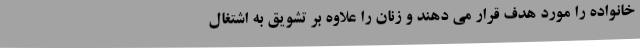
خانواده را مورد هدف قرار می دهند و زنان را علاوه بر تشویق به اشتغال